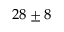
2 8 \pm 8